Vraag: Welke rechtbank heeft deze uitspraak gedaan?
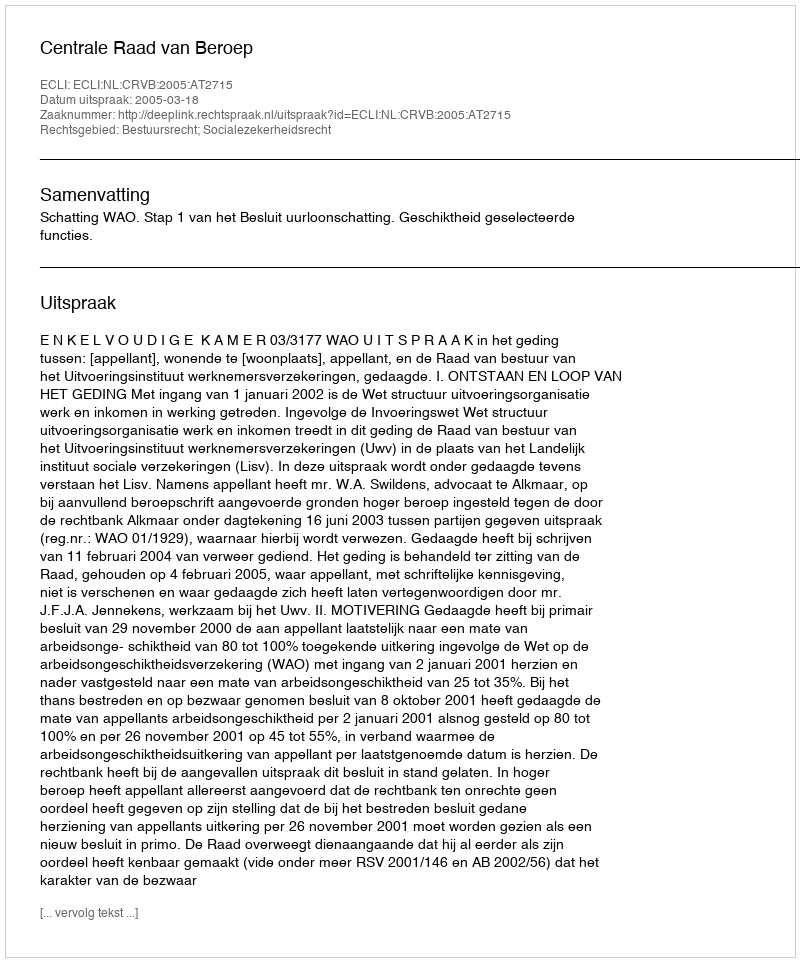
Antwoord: Centrale Raad van Beroep